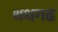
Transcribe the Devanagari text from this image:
थथगढ